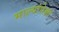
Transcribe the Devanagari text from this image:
भाल्यांपेक्षा